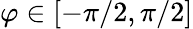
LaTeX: \varphi\in[-\pi/2,\pi/2]